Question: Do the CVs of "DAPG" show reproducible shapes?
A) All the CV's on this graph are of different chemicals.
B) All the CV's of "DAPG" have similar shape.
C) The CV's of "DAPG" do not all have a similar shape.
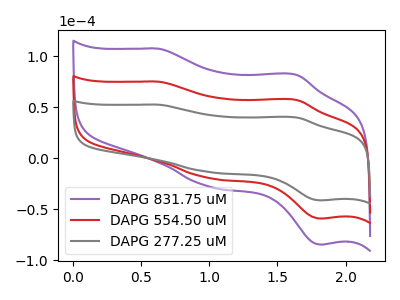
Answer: <think>The purple curve "DAPG 831.75 uM" has anodic peaks at (0.65V, 150.00uA) (1.65V, 114.20uA) and cathodic peaks at (1.00V, -39.00uA) (1.80V, -118.45uA). The red curve "DAPG 554.50 uM" has anodic peaks at (0.65V, 75.00uA) (1.65V, 57.10uA) and cathodic peaks at (1.00V, -19.50uA) (1.80V, -59.20uA). The gray curve "DAPG 277.25 uM" has anodic peaks at (0.65V, 52.40uA) (1.65V, 39.90uA) and cathodic peaks at (1.00V, -13.60uA) (1.80V, -41.40uA).
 All the peaks in "DAPG 831.75 uM" have a peak in "DAPG 554.50 uM" at the same potential. Every peak in "DAPG 831.75 uM" is higher than every peak in "DAPG 554.50 uM". All the peaks in "DAPG 831.75 uM" have a peak in "DAPG 277.25 uM" at the same potential. Every peak in "DAPG 831.75 uM" is higher than every peak in "DAPG 277.25 uM". All the peaks in "DAPG 554.50 uM" have a peak in "DAPG 277.25 uM" at the same potential. Every peak in "DAPG 554.50 uM" is higher than every peak in "DAPG 277.25 uM".</think>
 <answer>B) All the CV's of "DAPG" have similar shape.</answer>
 <eval>B</eval>